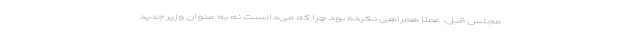
مجلس قبل، عملا همراهی نکرده بود چرا که می‌دانست نه به عنوان وزیر جدید